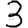
Digit: 3